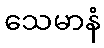
သေမာနံ